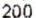
200